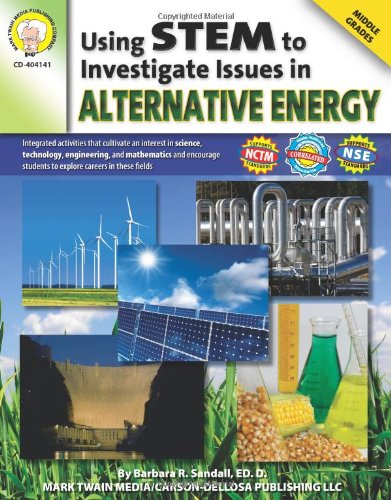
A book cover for Using STEM to Investigate Issues in Alternative Energy, Grades 6 - 8; Barbara R. Sandall Ed.D.; Children's Books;